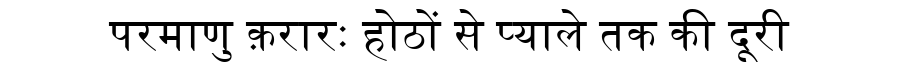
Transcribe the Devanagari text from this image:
परमाणु क़रारः होठों से प्याले तक की दूरी